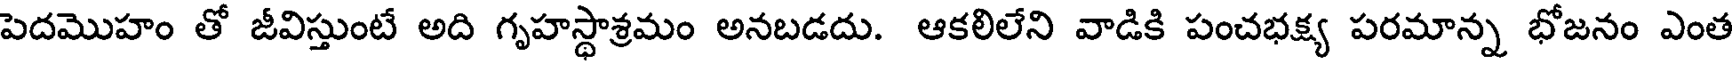
పెదమొహం తో జీవిస్తుంటే అది గృహస్థాశ్రమం అనబడదు. ఆకలిలేని వాడికి పంచభక్ష్య పరమాన్న భోజనం ఎంత